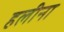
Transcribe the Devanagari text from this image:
हलीना